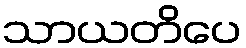
သာယတိပေ